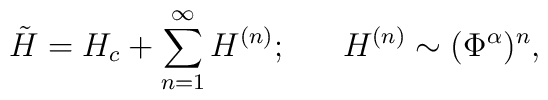
\tilde{H} = H_c + \sum_{n=1}^{\infty} H^{(n)};            ~~~~~H^{(n)} \sim (\Phi^\alpha)^n,